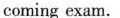
coming exam.